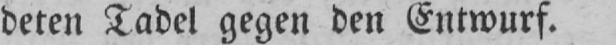
deten Tadel gegen den Entwurf.